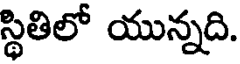
స్థితిలో యున్నది.